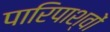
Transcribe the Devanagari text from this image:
पारिपाश्वों